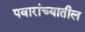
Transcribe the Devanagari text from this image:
पवारांच्यातील